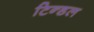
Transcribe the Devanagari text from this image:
टिन्डल